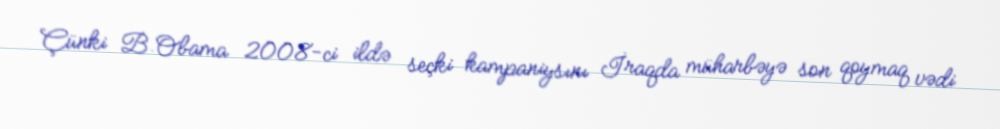
Çünki B.Obama 2008-ci ildə seçki kampaniysını İraqda müharbəyə son qoymaq vədi